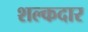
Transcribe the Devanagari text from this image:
शल्कदार